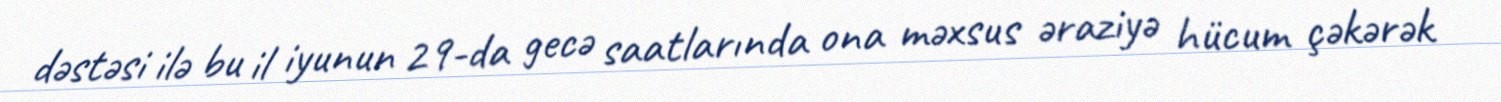
dəstəsi ilə bu il iyunun 29-da gecə saatlarında ona məxsus əraziyə hücum çəkərək